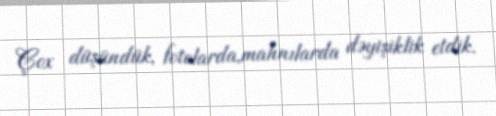
Çox düşündük, fotolarda,mahnılarda dəyişiklik etdik.